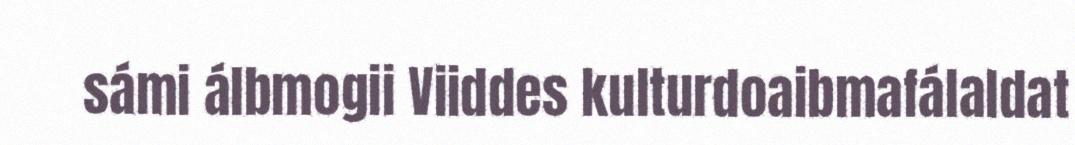
sámi álbmogii Viiddes kulturdoaibmafálaldat